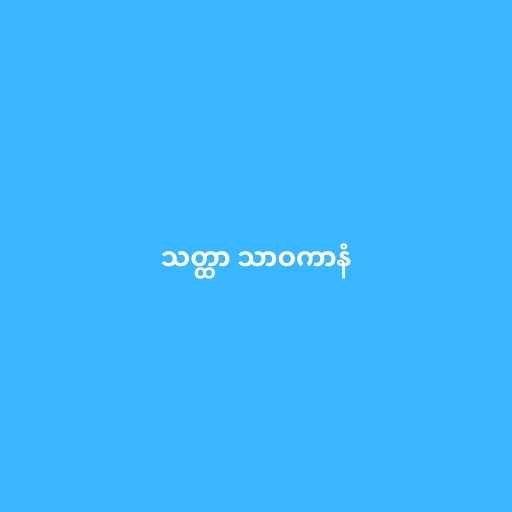
သတ္ထာ သာဝကာနံ